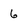
Character: 6